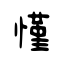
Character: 慬